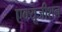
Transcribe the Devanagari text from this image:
एक्यूजीशन